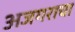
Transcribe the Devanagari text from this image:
अजगराचा